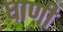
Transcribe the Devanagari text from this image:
घाणी